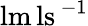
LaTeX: \mathrm{lm}\, \mathrm{ls}^{\, -1}